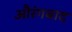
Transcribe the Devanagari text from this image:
औरंगबाद